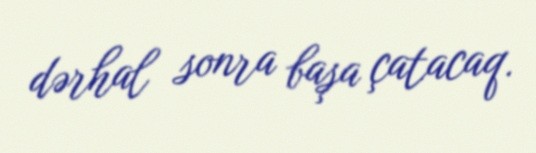
dərhal sonra başa çatacaq.